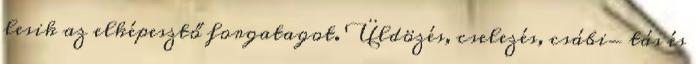
lesik az elképesztő forgatagot. Üldözés, cselezés, csábi- tás és